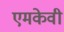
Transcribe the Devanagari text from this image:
एमकेवी